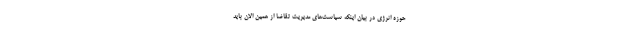
حوزه انرژی در بیان اینکه سیاست‌های مدیریت تقاضا از همین الان باید